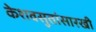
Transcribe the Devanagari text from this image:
केशवसुतांसारखी